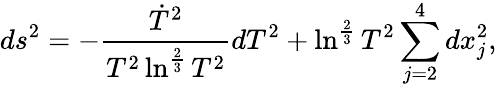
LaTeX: ds^{2}=-\frac{\dot{T}^{2}}{T^{2}\ln^{\frac{2}{3}}T^{2}}dT^{2}+\ln^{\frac{2}{3}}T^{2}\sum_{j=2}^{4}dx_{j}^{2},